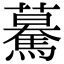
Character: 驀